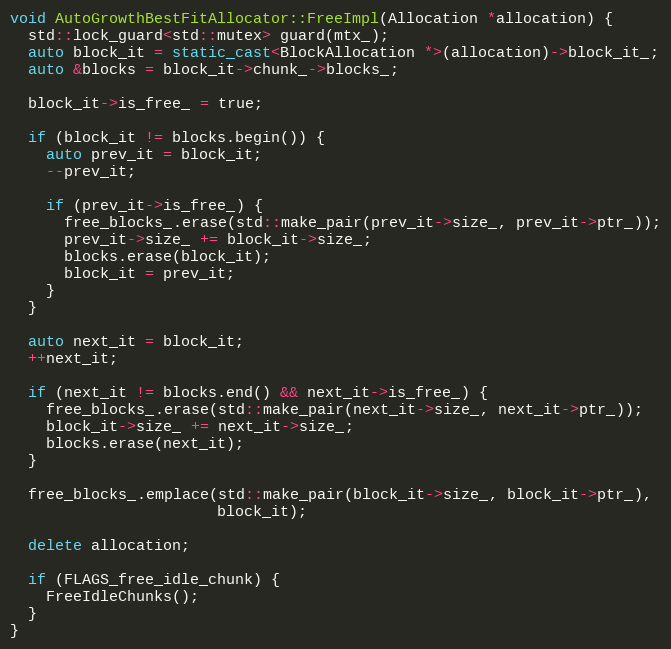
Language: C++
void AutoGrowthBestFitAllocator::FreeImpl(Allocation *allocation) {
  std::lock_guard<std::mutex> guard(mtx_);
  auto block_it = static_cast<BlockAllocation *>(allocation)->block_it_;
  auto &blocks = block_it->chunk_->blocks_;

  block_it->is_free_ = true;

  if (block_it != blocks.begin()) {
    auto prev_it = block_it;
    --prev_it;

    if (prev_it->is_free_) {
      free_blocks_.erase(std::make_pair(prev_it->size_, prev_it->ptr_));
      prev_it->size_ += block_it->size_;
      blocks.erase(block_it);
      block_it = prev_it;
    }
  }

  auto next_it = block_it;
  ++next_it;

  if (next_it != blocks.end() && next_it->is_free_) {
    free_blocks_.erase(std::make_pair(next_it->size_, next_it->ptr_));
    block_it->size_ += next_it->size_;
    blocks.erase(next_it);
  }

  free_blocks_.emplace(std::make_pair(block_it->size_, block_it->ptr_),
                       block_it);

  delete allocation;

  if (FLAGS_free_idle_chunk) {
    FreeIdleChunks();
  }
}